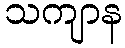
သကျာန